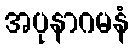
အပုနာဂမနံ